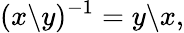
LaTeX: (x\backslash y)^{-1}=y\backslash x,